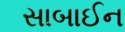
સાબાઈન